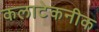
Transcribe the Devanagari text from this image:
कलाटेकनीक